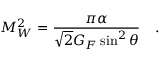
M _ { W } ^ { 2 } = \frac { \pi \alpha } { \sqrt { 2 } G _ { F } \sin ^ { 2 } \theta } ~ ~ ~ .